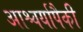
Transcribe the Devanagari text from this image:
आश्चर्यापैकी